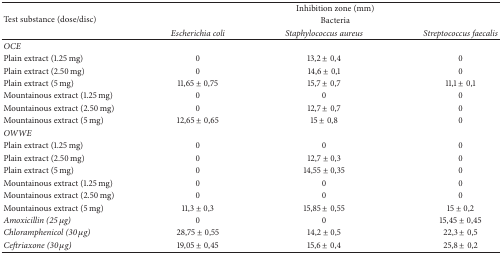
<table><thead><tr><td rowspan="3"><b>Test substance (dose/disc)</b></td><td colspan="3"><b>Inhibition zone (mm)</b></td></tr><tr><td colspan="3"><b>Bacteria</b></td></tr><tr><td><b><i>Escherichia coli</i></b></td><td><b><i>Staphylococcus aureus</i></b></td><td><b><i>Streptococcus faecalis</i></b></td></tr></thead><tbody><tr><td><i>OCE</i></td><td> </td><td> </td><td> </td></tr><tr><td>Plain extract (1.25 mg) </td><td>0</td><td>13,2 ± 0,4</td><td>0</td></tr><tr><td>Plain extract (2.50 mg) </td><td>0</td><td>14,6 ± 0,1</td><td>0</td></tr><tr><td>Plain extract (5 mg) </td><td>11,65 ± 0,75</td><td>15,7 ± 0,7</td><td>11,1 ± 0,1</td></tr><tr><td>Mountainous extract (1.25 mg)</td><td>0</td><td>0</td><td>0</td></tr><tr><td>Mountainous extract (2.50 mg)</td><td>0</td><td>12,7 ± 0,7</td><td>0</td></tr><tr><td>Mountainous extract (5 mg)</td><td>12,65 ± 0,65</td><td>15 ± 0,8</td><td>0</td></tr><tr><td><i>OWWE</i></td><td> </td><td> </td><td> </td></tr><tr><td>Plain extract (1.25 mg) </td><td>0</td><td>0</td><td>0</td></tr><tr><td>Plain extract (2.50 mg) </td><td>0</td><td>12,7 ± 0,3</td><td>0</td></tr><tr><td>Plain extract (5 mg) </td><td>0</td><td>14,55 ± 0,35</td><td>0</td></tr><tr><td>Mountainous extract (1.25 mg)</td><td>0</td><td>0</td><td>0</td></tr><tr><td>Mountainous extract (2.50 mg)</td><td>0</td><td>0</td><td>0</td></tr><tr><td>Mountainous extract (5 mg)</td><td>11,3 ± 0,3</td><td>15,85 ± 0,55</td><td>15 ± 0,2</td></tr><tr><td><i>Amoxicillin (25 μg) </i></td><td>0</td><td>0</td><td>15,45 ± 0,45</td></tr><tr><td><i>Chloramphenicol (30 μg)</i></td><td>28,75 ± 0,55</td><td>14,2 ± 0,5</td><td>22,3 ± 0,5</td></tr><tr><td><i>Ceftriaxone (30 μg)</i></td><td>19,05 ± 0,45</td><td>15,6 ± 0,4</td><td>25,8 ± 0,2</td></tr></tbody></table>